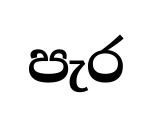
පැර